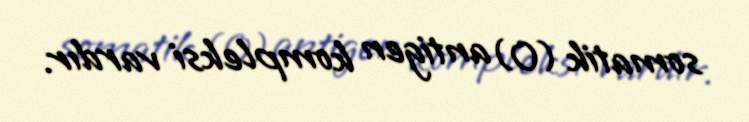
somatik (0) antigen kompleksi vardır.